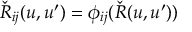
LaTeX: { \check { R } } _ { i j } ( u , u ^ { \prime } ) = \phi _ { i j } ( { \check { R } } ( u , u ^ { \prime } ) )